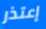
إعتذر